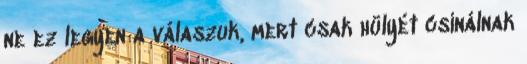
ne ez legyen a válaszuk, mert csak hülyét csinálnak